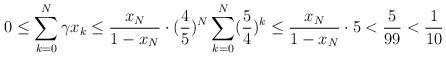
LaTeX: \begin{align*}0 \leq \sum \limits_{k=0}^N \gamma x_k \leq \frac{x_N}{1-x_N} \cdot (\frac45)^N \sum \limits_{k=0}^N (\frac54)^k \leq \frac{x_N}{1-x_N} \cdot 5 < \frac5{99} < \frac1{10}\end{align*}